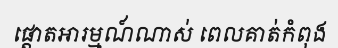
ផ្តោតអារម្មណ៍ណាស់ ពេលគាត់កំពុង